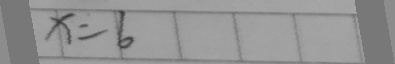
x = 6